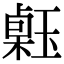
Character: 𤨗